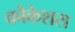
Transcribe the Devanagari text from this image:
कौकेशस